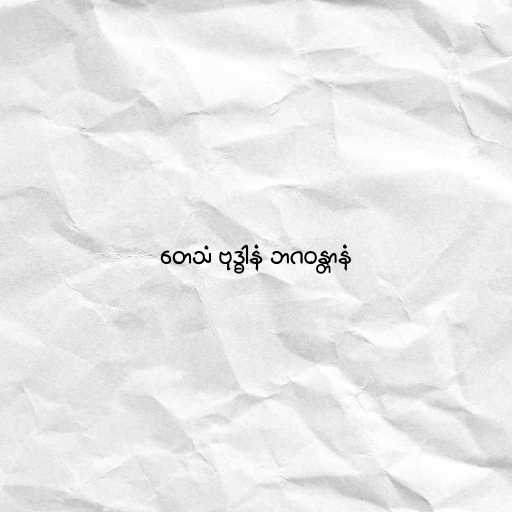
တေသံ ဗုဒ္ဓါနံ ဘဂဝန္တာနံ